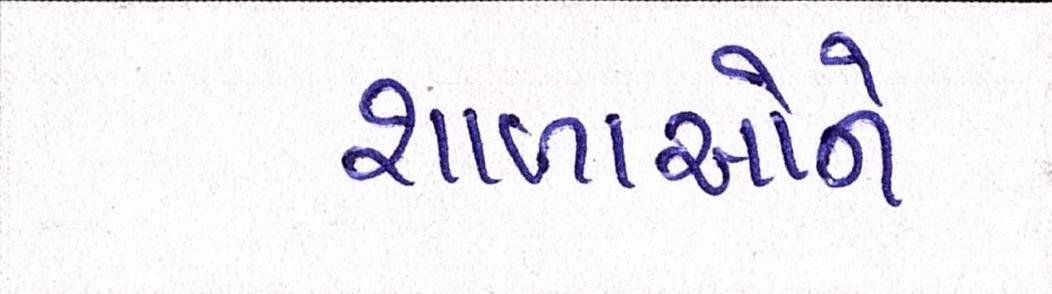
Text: શાળાઓને